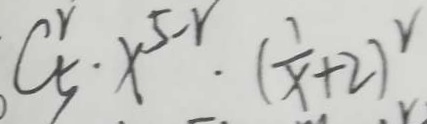
C ^ { r } _ { 5 } \cdot x ^ { 5 - r } \cdot ( \frac { 1 } { x } + 2 ) ^ { r }